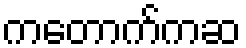
ကတောက်ကဆ